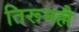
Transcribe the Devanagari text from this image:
तिरूमल्लै